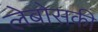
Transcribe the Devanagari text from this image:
लेबोसकी